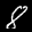
Label: 8